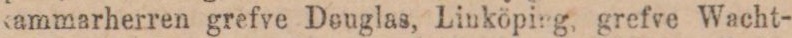
sammarherren grefve Douglas, Linköping, grefve Wacht-